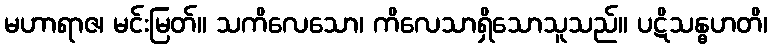
မဟာရာဇ၊ မင်းမြတ်။ သကိလေသော၊ ကိလေသာရှိသောသူသည်။ ပဋိသန္ဓဟတိ၊